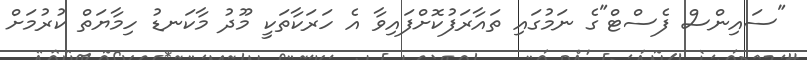
"ސައިންސް ފެސްޓް"ގެ ނަމުގައި ތައާރަފުކޮށްފައިވާ އެ ހަރަކާތަކީ މޫދު މާކަނޑު ހިމާޔަތް ކުރުމަށް